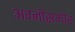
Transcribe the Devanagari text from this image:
अग्नीसमोर